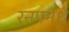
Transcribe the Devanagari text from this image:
रनपमधे